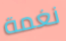
نغمة